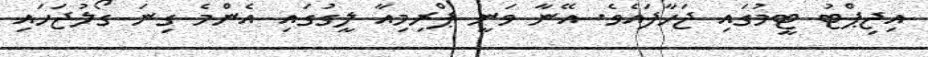
އިޖިޕްޓު ޓީމުގައި ޖަހާފައެވެ. އޭނާ ވަނީ ޕްރިމިއާ ލީގުގައި އެންމެ ގިނަ ގޯލުޖަހައި